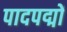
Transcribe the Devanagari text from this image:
पादपद्मों